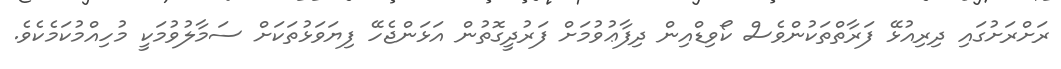
ރަށްރަށުގައި ދިރިއުޅޭ ފަރާތްތަކުންވެސް ކޯވިޑްއިން ދިފާޢުވުމަށް ފަރުދީގޮތުން އަޅަންޖެހޭ ފިޔަވަޅުތަކަށް ސަމާލުވުމަކީ މުހިއްމުކަމެކެވެ.